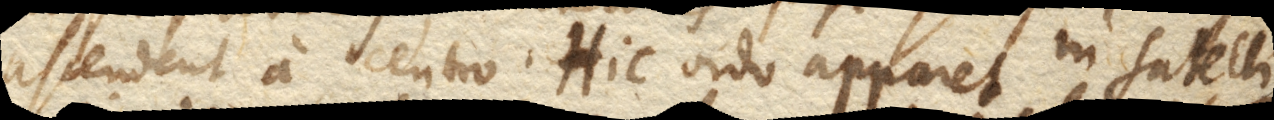
ascendent a centro. Hic ordo apparet in satelli–